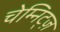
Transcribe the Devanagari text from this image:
चेम्निट्ज़